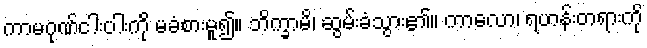
ကာမဂုဏ်ငါးပါးကို မခံစားမူ၍။ ဘိက္ခာမိ၊ ဆွမ်းခံသွား၏။ ကာလော၊ ရဟန်းတရားကို